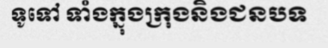
ទូទៅ ទាំងក្នុងក្រុងនិងជនបទ